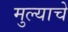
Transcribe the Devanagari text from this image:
मुल्याचे